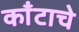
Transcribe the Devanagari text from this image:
काँटाचे